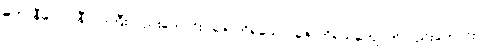
မဟာနီလော၊ နီလာကြီးလည်းကောင်း။ ဇောတိရသော၊ ဇောတိရသ်ကျောက်လည်းကောင်း။